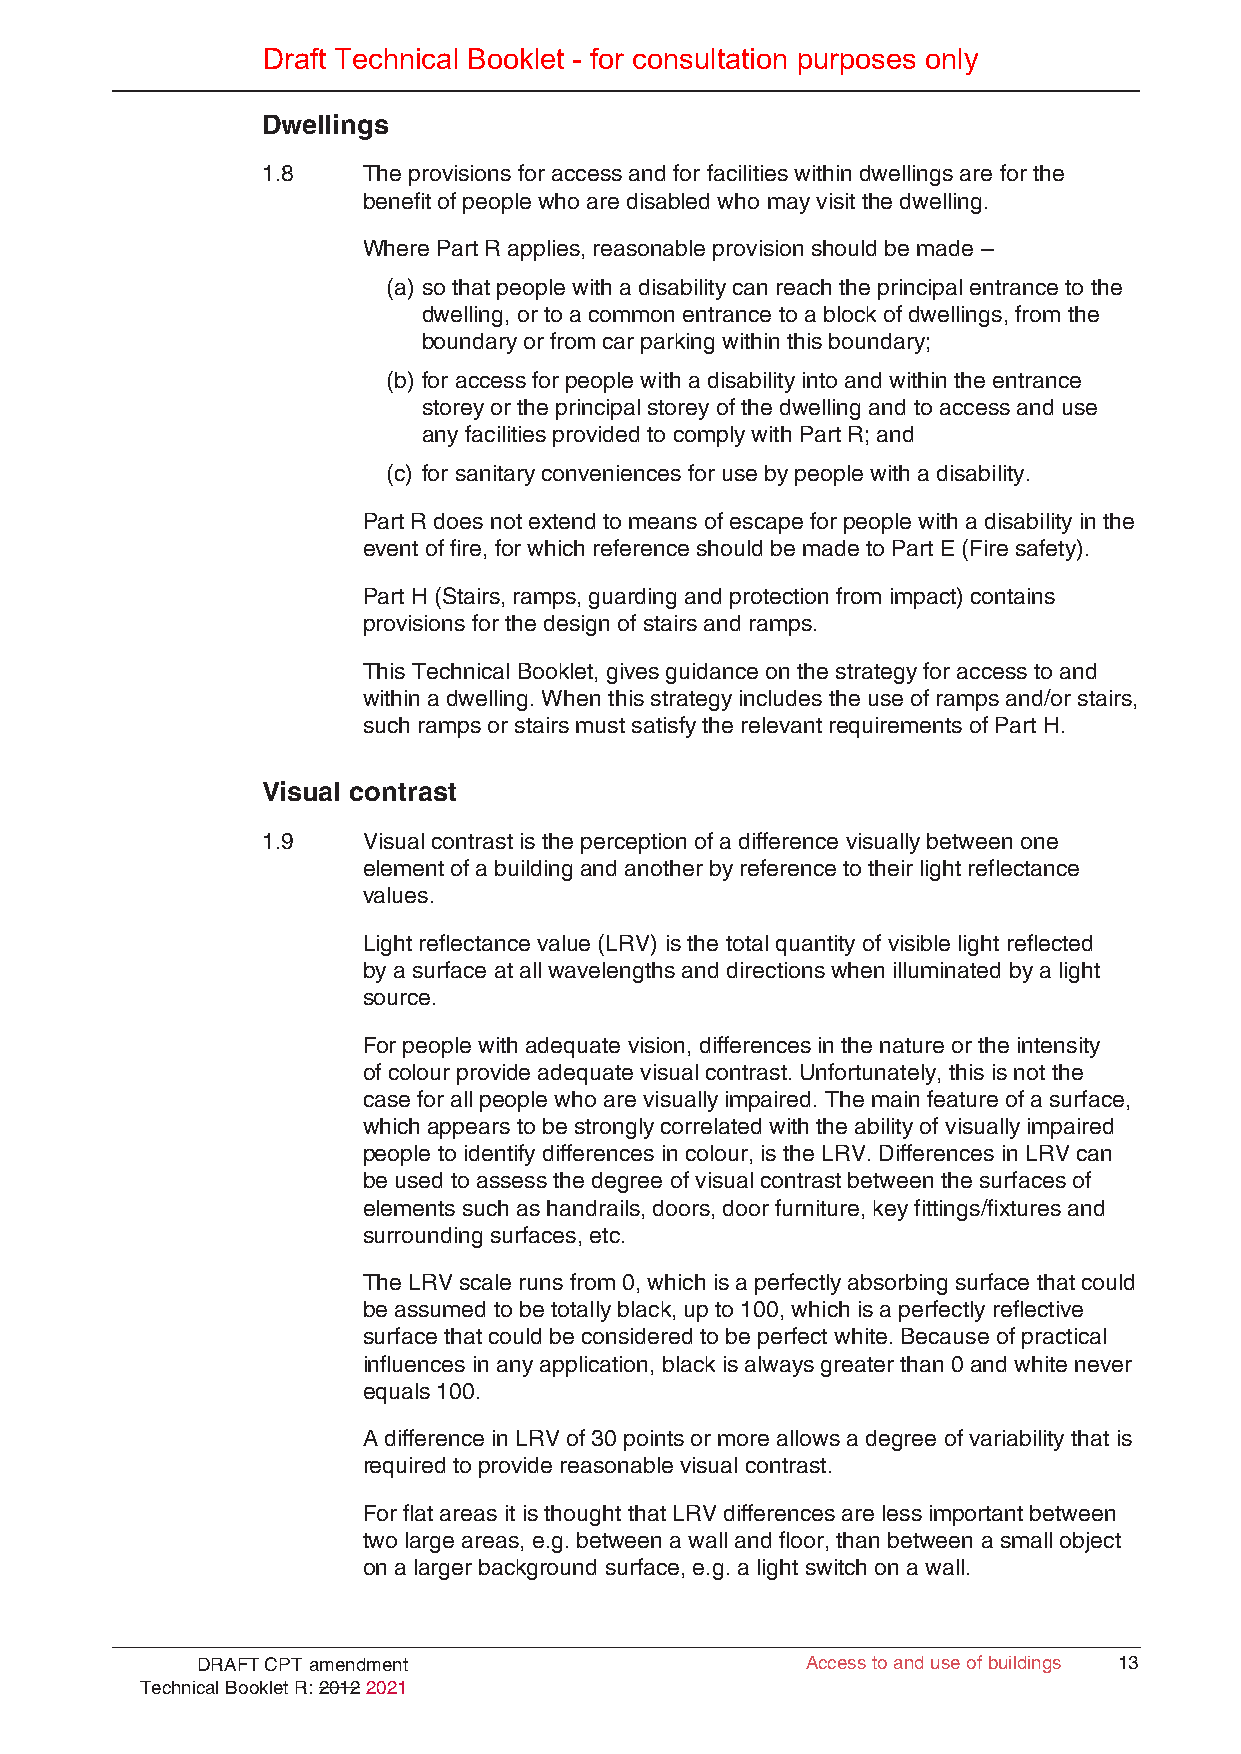
Draft Technical Booklet - for consultation purposes only
 Dwellings
 1.8    The provisions for access and for facilities within dwellings are for the
 benefit of people who are disabled who may visit the dwelling.
 Where Part R applies, reasonable provision should be made –
 (a) so that people with a disability can reach the principal entrance to the
 dwelling, or to a common entrance to a block of dwellings, from the
 boundary or from car parking within this boundary;
 (b) for access for people with a disability into and within the entrance
 storey or the principal storey of the dwelling and to access and use
 any facilities provided to comply with Part R; and
 (c) for sanitary conveniences for use by people with a disability.
 Part R does not extend to means of escape for people with a disability in the
 event of fire, for which reference should be made to Part E (Fire safety).
 Part H (Stairs, ramps, guarding and protection from impact) contains
 provisions for the design of stairs and ramps.
 This Technical Booklet, gives guidance on the strategy for access to and
 within a dwelling. When this strategy includes the use of ramps and/or stairs,
 such ramps or stairs must satisfy the relevant requirements of Part H.
 Visual contrast
 1.9    Visual contrast is the perception of a difference visually between one
 element of a building and another by reference to their light reflectance
 values.
 Light reflectance value (LRV) is the total quantity of visible light reflected
 by a surface at all wavelengths and directions when illuminated by a light
 source.
 For people with adequate vision, differences in the nature or the intensity
 of colour provide adequate visual contrast. Unfortunately, this is not the
 case for all people who are visually impaired. The main feature of a surface,
 which appears to be strongly correlated with the ability of visually impaired
 people to identify differences in colour, is the LRV. Differences in LRV can
 be used to assess the degree of visual contrast between the surfaces of
 elements such as handrails, doors, door furniture, key fittings/fixtures and
 surrounding surfaces, etc.
 The LRV scale runs from 0, which is a perfectly absorbing surface that could
 be assumed to be totally black, up to 100, which is a perfectly reflective
 surface that could be considered to be perfect white. Because of practical
 influences in any application, black is always greater than 0 and white never
 equals 100.
 A difference in LRV of 30 points or more allows a degree of variability that is
 required to provide reasonable visual contrast.
 For flat areas it is thought that LRV differences are less important between
 two large areas, e.g. between a wall and floor, than between a small object
 on a larger background surface, e.g. a light switch on a wall.
 DRAFT CPT amendment                     AAcccceessss ttoo aanndd uussee ooff bbuuiillddiinnggss 1133
 Technical Booklet R: 2012 2021